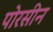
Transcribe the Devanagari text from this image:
पोरसीन